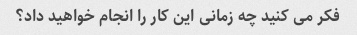
فکر می کنید چه زمانی این کار را انجام خواهید داد؟